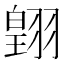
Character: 𮋋